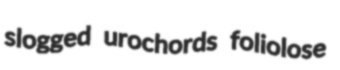
slogged urochords foliolose